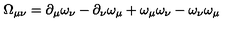
\Omega _ { \mu \nu } = \partial _ { \mu } \omega _ { \nu } - \partial _ { \nu } \omega _ { \mu } + \omega _ { \mu } \omega _ { \nu } - \omega _ { \nu } \omega _ { \mu }